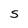
Character: S